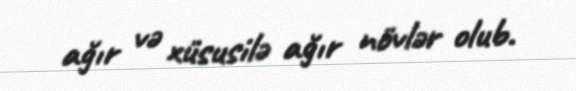
ağır və xüsusilə ağır növlər olub.